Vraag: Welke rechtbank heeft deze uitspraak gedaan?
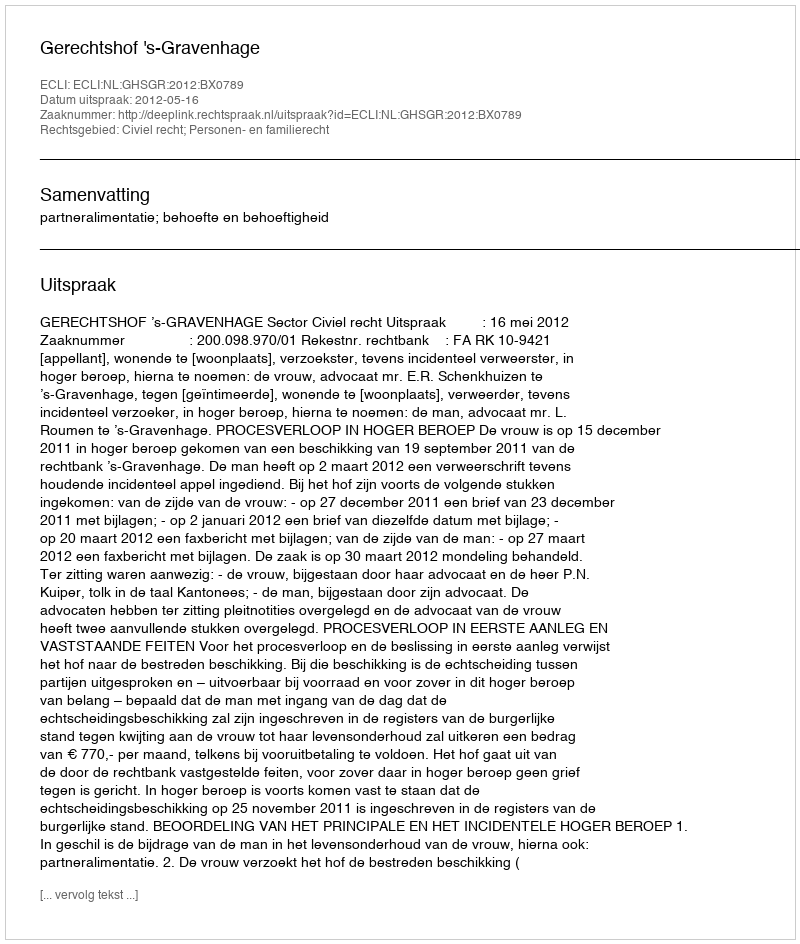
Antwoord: Gerechtshof 's-Gravenhage